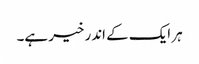
ہر ایک کے اندر خیر ہے۔